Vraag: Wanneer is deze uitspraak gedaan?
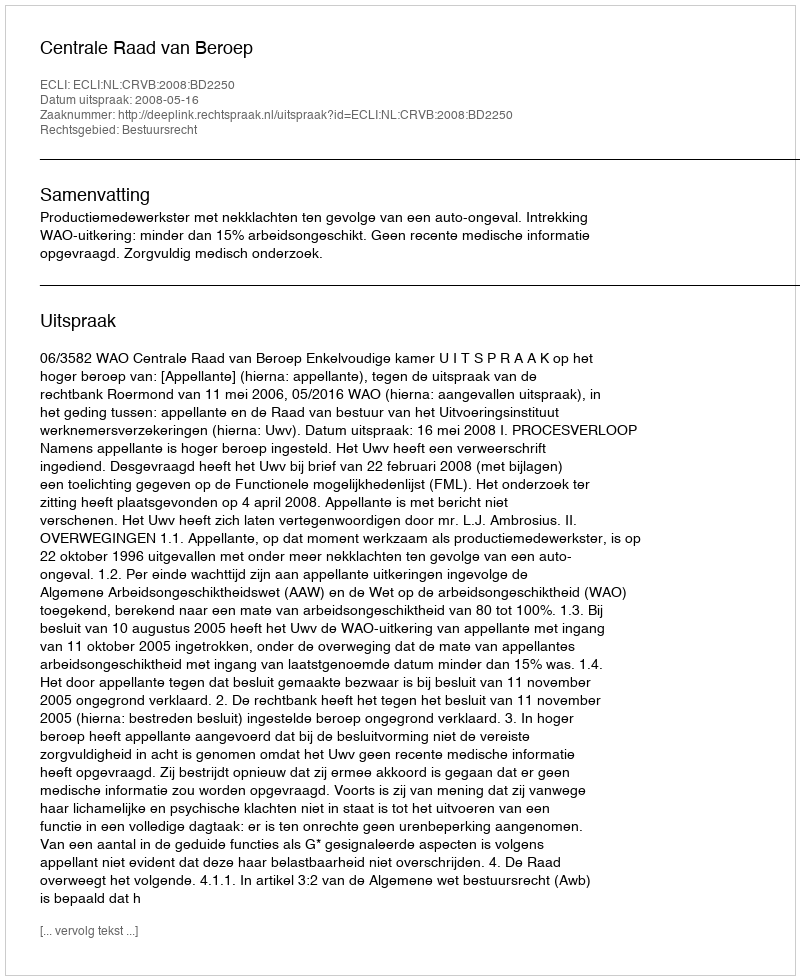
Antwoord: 2008-05-16